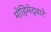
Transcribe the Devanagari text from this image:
मोहिमेद्वारे